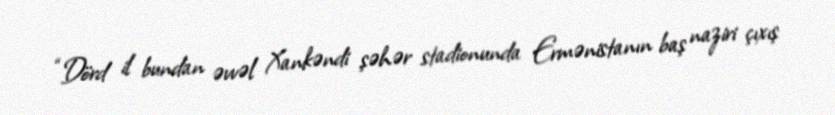
“Dörd il bundan əvvəl Xankəndi şəhər stadionunda Ermənistanın baş naziri çıxış